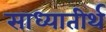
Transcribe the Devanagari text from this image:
साध्यातीर्थ